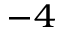
^ { - 4 }